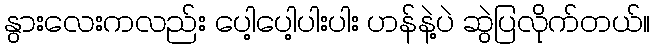
နွားလေးကလည်း ပေါ့ပေါ့ပါးပါး ဟန်နဲ့ပဲ ဆွဲပြလိုက်တယ်။